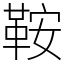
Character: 鞍